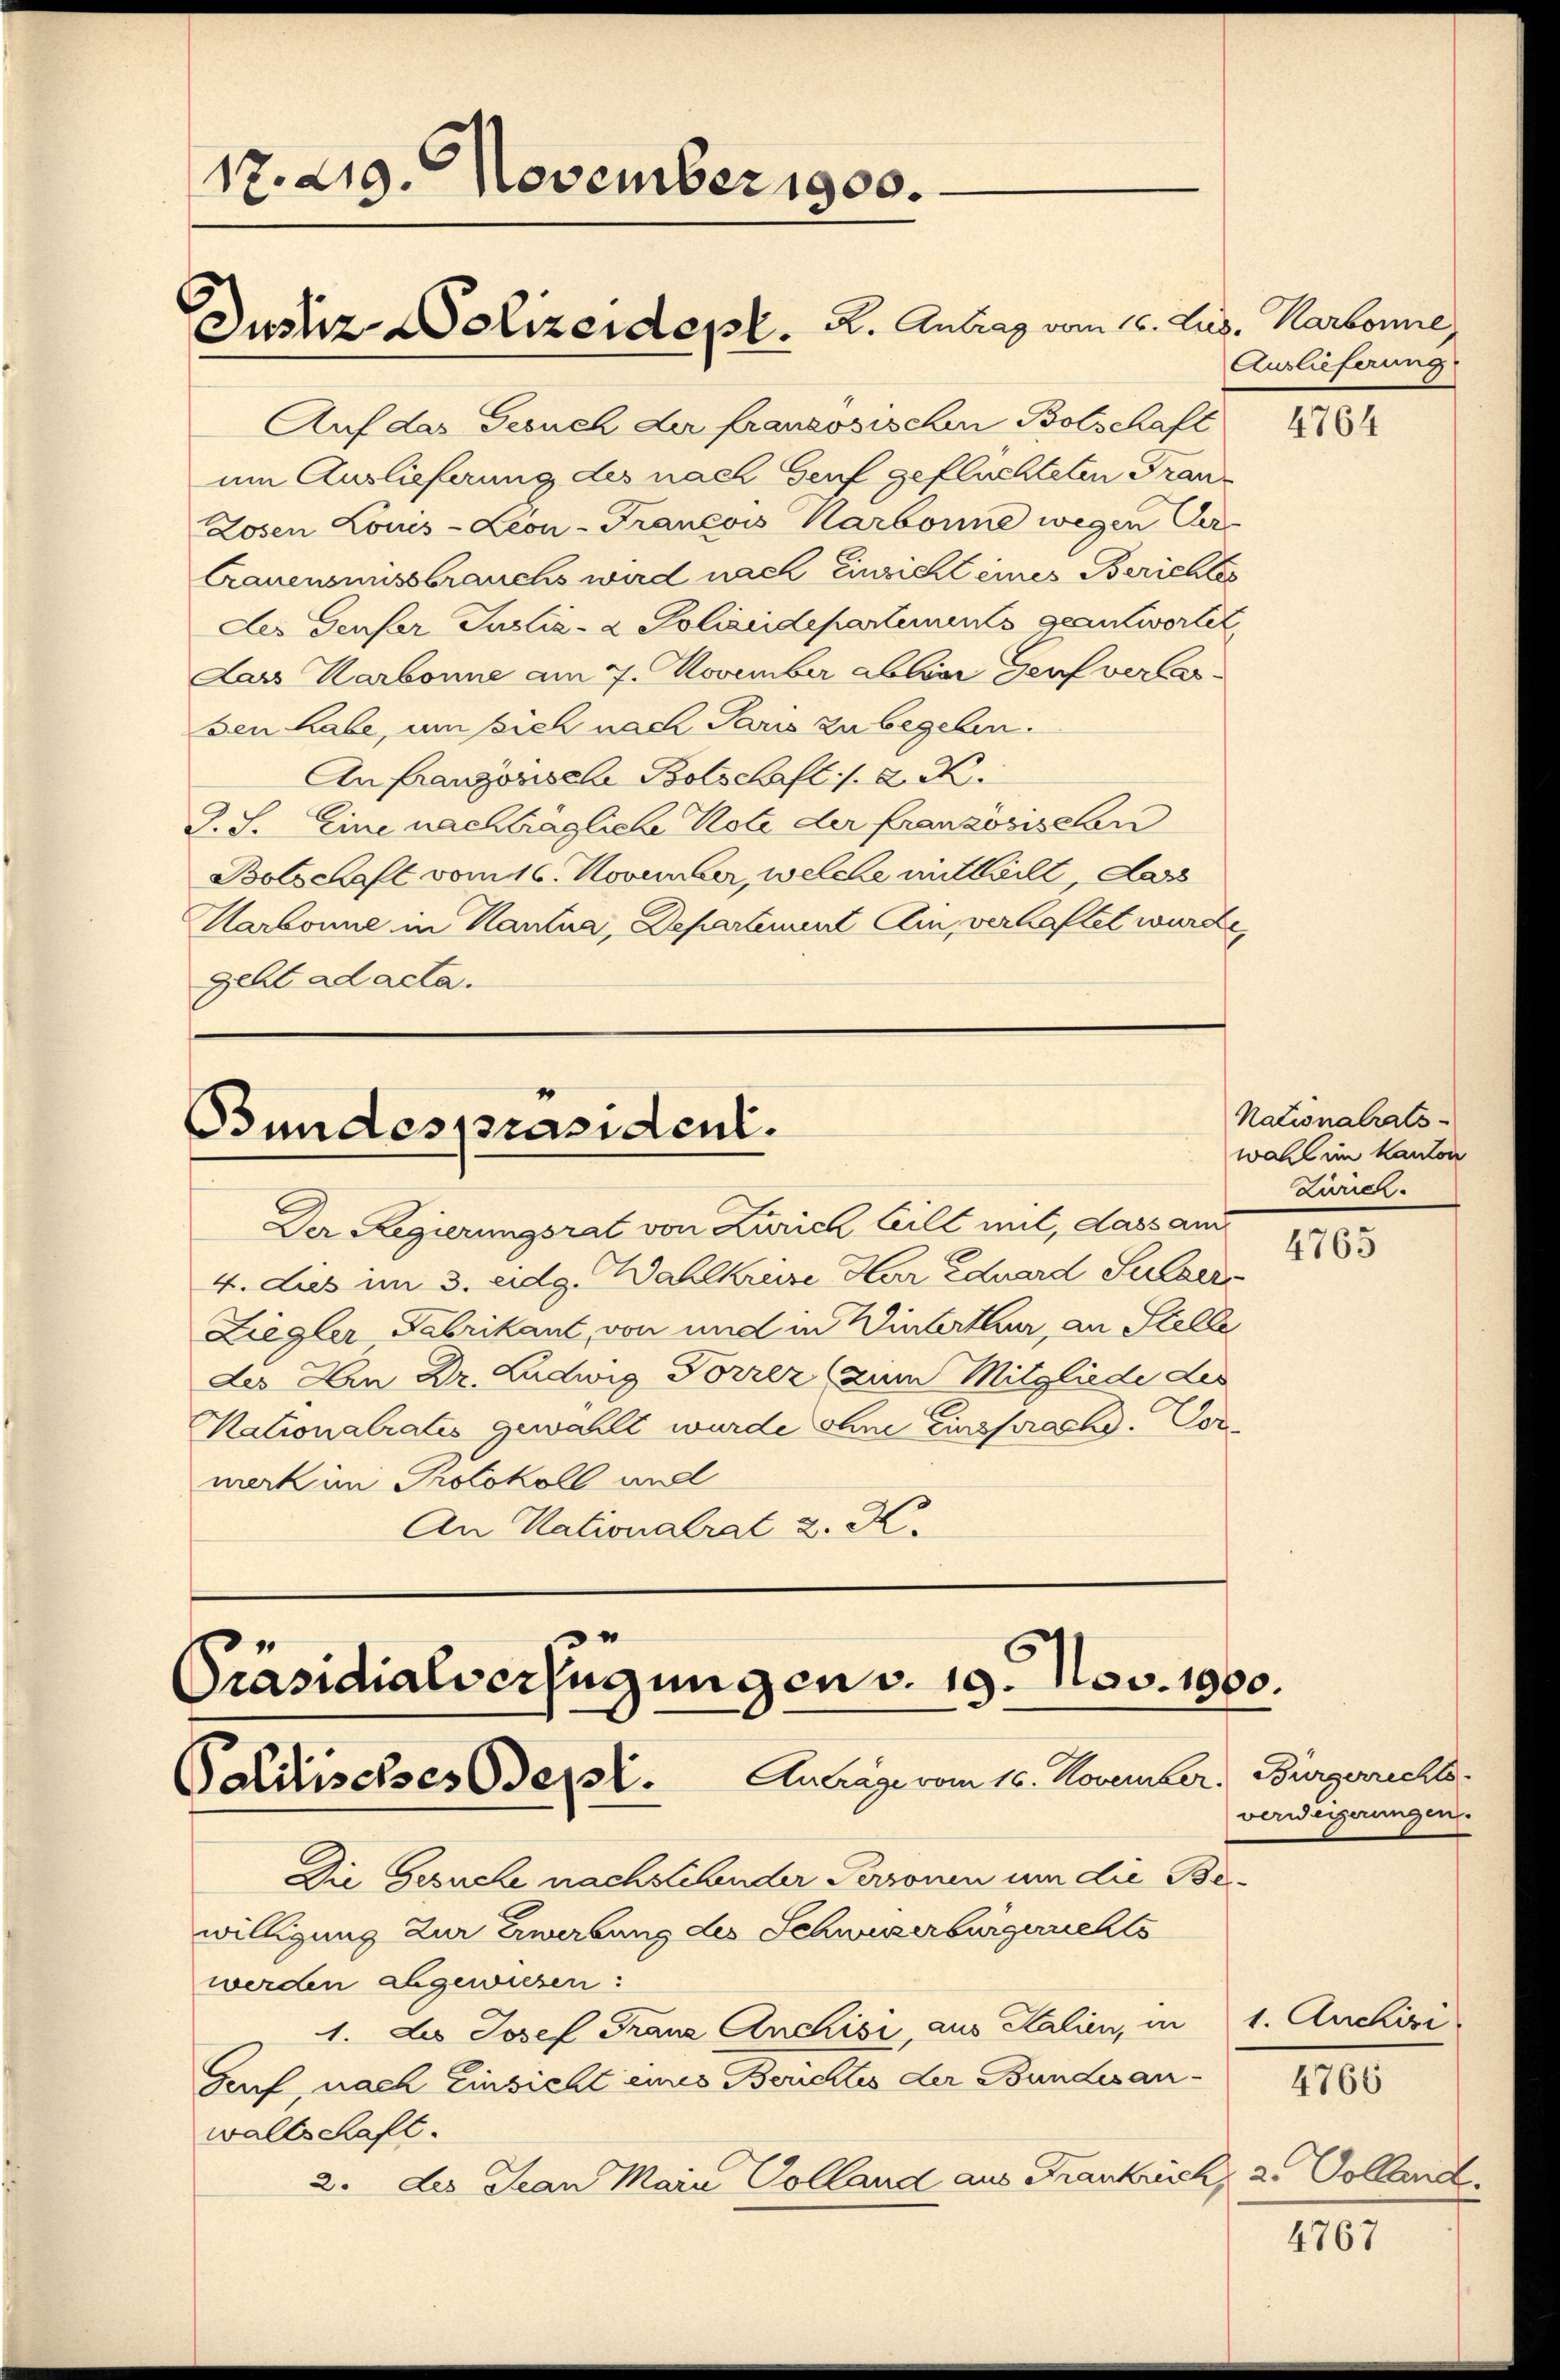
17. 219. November 1900.

Auf das Gesuch der französischen Botschaft
um Auslieferung des nach Genf geflüchteten Fran¬
Losen Louis-Leon-Francois Karbonne wegen Ver-
Crauensmissbrauchs wird nach Einsicht eines Berichtes
Der Genfer Justiz- & Polizeidepartements geantwortet,
dass Karbonne am 7. November abliar Genf vere
sen habe, um sich nach Paris zu begeben.
An französische Botschaft . 22.
G. S. Eine nachträgliche Note der französischen
Bolschaft vom 16. November, welche mitteilt dass
Harbonne in Kantia, Departement Am, verhaftet wurde,
gelt ad acta.

Justiz Polizeidept. K. Antrag vom 16. Lus. Karbone,

Bundespräsident.

Präsidialverfügungen v. 19. Nov. 1900.
Palitisches Oser. Anträge vom 16. November. Bürgerrechts

Der Regierungsrat von Zürich teilt mit, dass an
4. Lies im 3. eidg. Wahlkreise Har Eduard Sulzer
Ziegler Fabrikant, von und in Winterthur, an Stelle
des An Dr. Ludwig Torrez (zum Mitgliede des
Nationalratis gewählt wurde ohne Einsprache. Vormerk im Protokoll und
An Nationalrat 2. K.

Die Gesuche nachstehender Personen um die Bewilligung zur Erwerbung des Schweizerbürgerichts
werden abgewiesen:
1. des Josef Franz Anchisi aus Kalien, in
Gaf nach Einsicht eines Berichtes der Bundesanwaltschaft.
2. des Jean Main Volland aus Frankrich,

Auslieferung

4764

Nationalrats-
wahl im Kanton
Zirren

4765

verweigerungen.

4766

1. Auchiri

a. Vollend.

4767